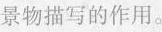
景物描写的作用。